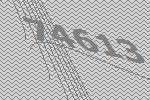
74613